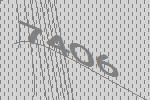
7406